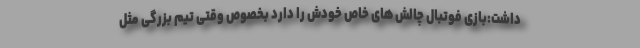
داشت:بازی فوتبال چالش های خاص خودش را دارد بخصوص وقتی تیم بزرگی مثل